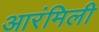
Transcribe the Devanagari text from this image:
आरंमिली